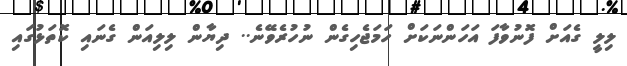
ލިލީ ގެެއަށް ފޮނުވާފަ އަހަންނަކަށް ހަމަޖެހިގެން ނުހުރެވޭނެ.. ދިޔާން ލިލިއަން ގެނައި ކޮތަޅުގައި